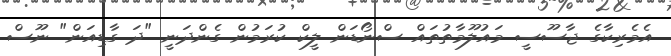
އެމެރިކާގެ ޖާސޫސީ މައުލޫމާތުތައް ސްނޯޑަން ލީކް ކުރަމުން ގެންދަނީ "ދަ ގާޑިއަން" ނޫސް